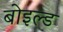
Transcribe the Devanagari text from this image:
बोइल्ड